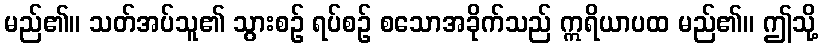
မည်၏။ သတ်အပ်သူ၏ သွားစဉ် ရပ်စဉ် စသောအခိုက်သည် ဣရိယာပထ မည်၏။ ဤသို့